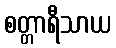
စတ္တာရီသာယ